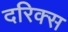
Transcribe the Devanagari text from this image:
दरिक्स